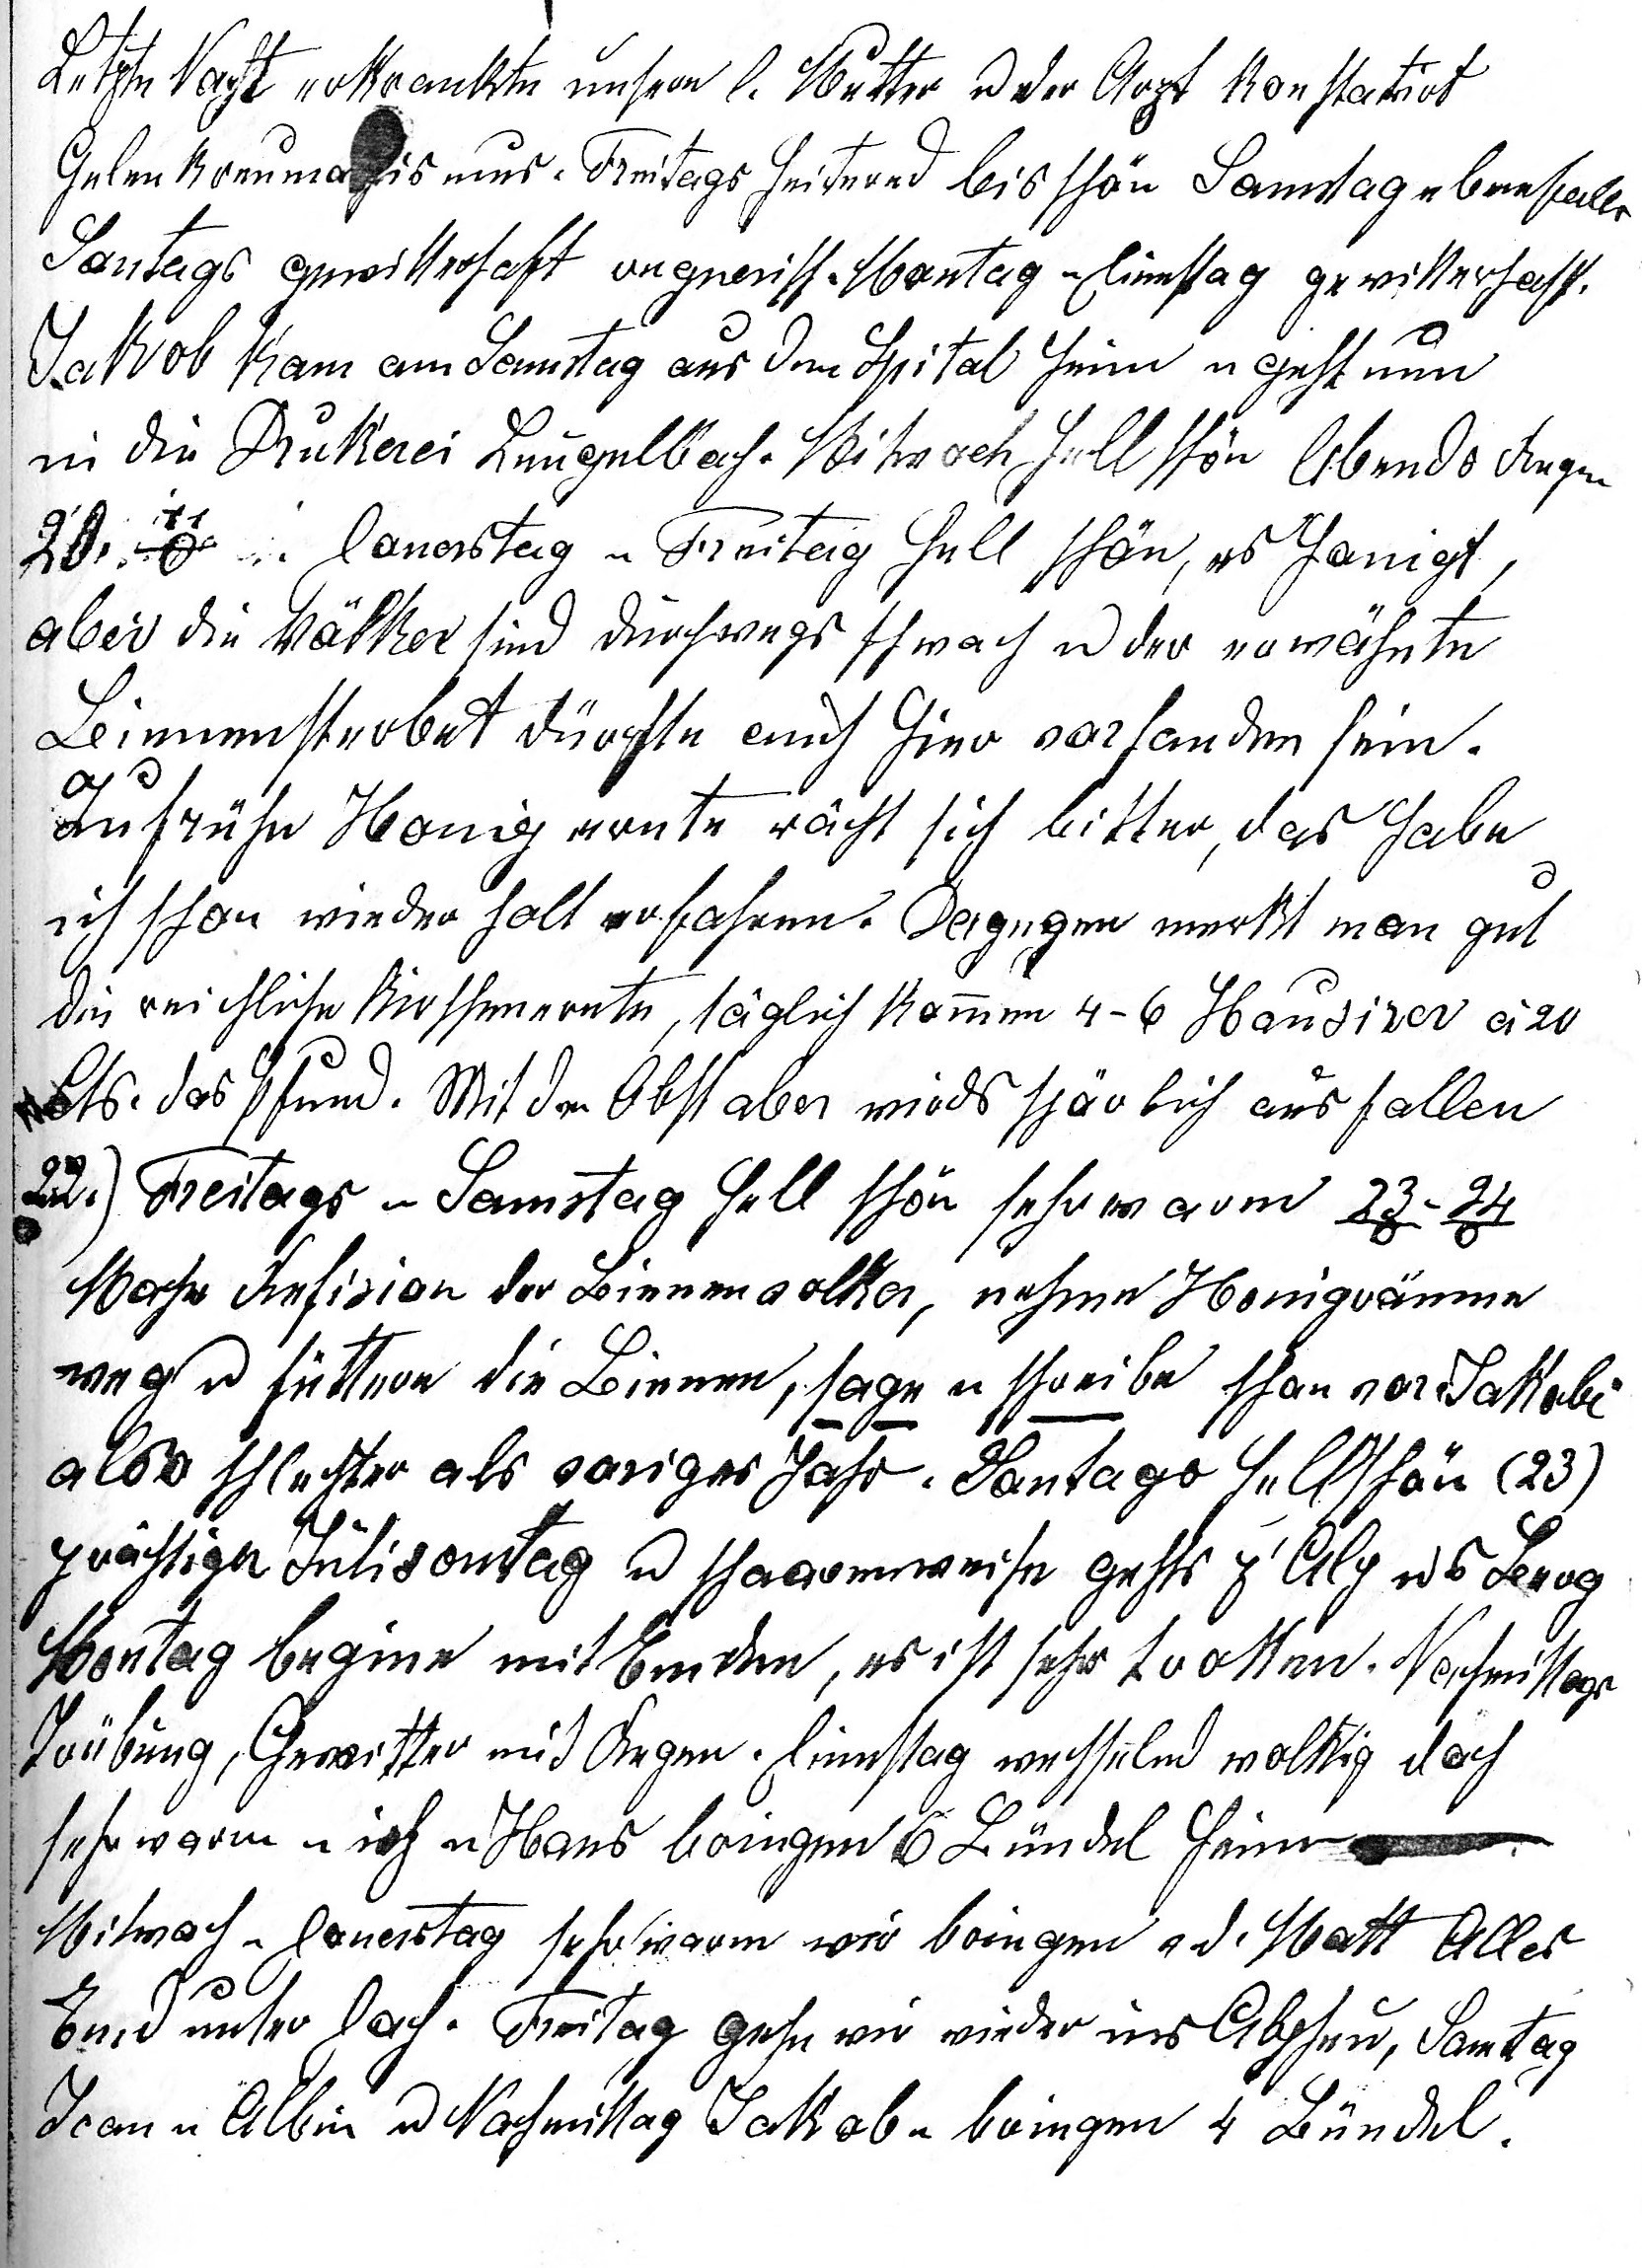
Letzte Nacht erkrankte unsere l. Mutter u der Arzt konstatirt
Gelenkreumatismus. Freitags heiternd bis schön Samstag ebenfalls
Sontags gewitterhaft regnerisch. Montag u Dienstag gewitterhaft.
Jakob kam am Samstag aus dem Spital heim u geht nun
in die Drukerei Leugelbach. Mitwoch hell schön Abends Regen.
20. 11o Donerstag u Freitag hell schön, es honigt,
aber die Völker sind durchwegs schwach u der erwähnte
Bienensterbet dürfte auch hier vorhanden sein.

Zu frühe Honigernte rächt sich bitter, das habe

ich schon wiederholt erfahren. Dagegen merkt man gut

die reichliche Kirschenernte, täglich kommen 4 – 6 Haus¬irer à 20
Cts das Pfund. Mit dem Obst aber wird’s spärlich ausfallen.
22.) Freitags u Samstag hell schön sehr warm 23o – 24o.

Mache Refision der Bienenvölker, nehme Honigräume
weg u füttere die Bienen, sage u schreibe schon vor Jakobi
also schlechter als voriges Jahr. Sontags hell schön (23.)
prächtiger Julisontag u schaarenweise gehts z’Alp und Berg.
Montag begine mit Emden, es ist sehr troken. Nachmittags
Trübung, Gewitter mit Regen. Dienstag wechselnd wolkig doch
sehr warm u ich u Hans bringen 6 Bündel heim.
Mitwoch u Donerstag sehr warm wir bringen v d. Matt Alles

Emd unter Dach. Freitag gehn wir wieder ins Alpheu, Samstag
Jean u Albin u Nachmittag Jakob u bringen 4 Bündel.